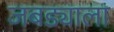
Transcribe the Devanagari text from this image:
जबड्याला